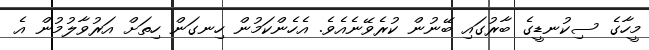
މީހާގެ ސިކުނޑީގެ ބާރުގައި ބޭނުން ކުރެވޭނެއެވެ. އެހެންކަމުން ހިނގަން ހިތަށް އަރުވާލުމުން އެ